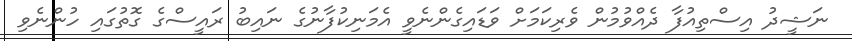
ނަޝީދު އިސްތިއުފާ ދެއްވުމުން ވެރިކަމަށް ވަޑައިގެންނެވީ އެމަނިކުފާނުގެ ނައިބު ރައީސްގެ ގޮތުގައި ހުންނެވި